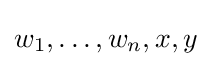
w_{1},\dotsc ,w_{n},x,y